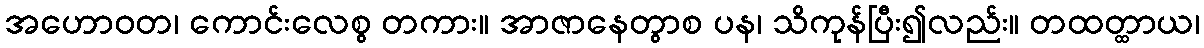
အဟောဝတ၊ ကောင်းလေစွ တကား။ အာဇာနေတွာစ ပန၊ သိကုန်ပြီး၍လည်း။ တထတ္ထာယ၊